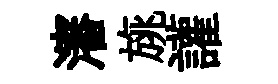
瀋旐讙